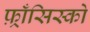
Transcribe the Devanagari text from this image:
फ़्राँसिस्को